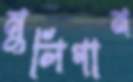
মুলিগান